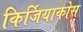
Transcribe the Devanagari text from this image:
किर्जियाकोस